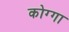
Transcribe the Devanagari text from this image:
कोग्गा